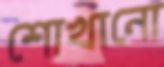
শোখানো